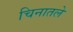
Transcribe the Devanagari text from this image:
चिनातले